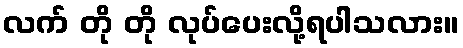
လက် တို တို လုပ်ပေးလို့ရပါသလား။